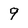
Character: 9